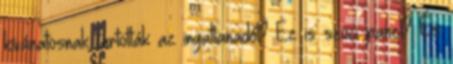
kívánatosnak tartották az ingatlanadót? Ez is szoci panel? És